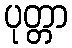
ပုတ္တာ